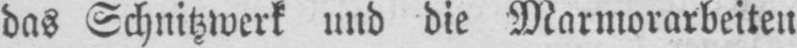
das Schnitzwerk und die Marmorarbeiten